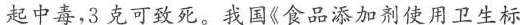
起中毒，3克可致死。我国《食品添加剂使用卫生标